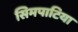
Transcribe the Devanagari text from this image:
सिमपाटिया